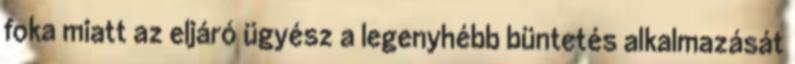
foka miatt az eljáró ügyész a legenyhébb büntetés alkalmazását